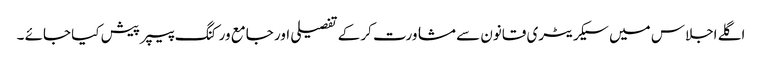
اگلے اجلاس میں سیکریٹری قانون سے مشاورت کر کے تفصیلی اور جامع ورکنگ پیپر پیش کیا جائے ۔